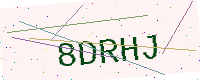
Text: 8DRHJ